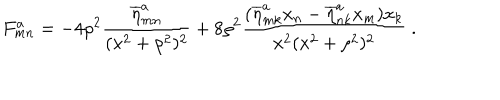
LaTeX: F _ { m n } ^ { a } = - 4 \rho ^ { 2 } \frac { \overline { { \eta } } _ { m n } ^ { a } } { ( x ^ { 2 } + \rho ^ { 2 } ) ^ { 2 } } + 8 \rho ^ { 2 } \frac { ( \overline { { \eta } } _ { m k } ^ { a } x _ { n } - \overline { { \eta } } _ { n k } ^ { a } x _ { m } ) x _ { k } } { x ^ { 2 } ( x ^ { 2 } + \rho ^ { 2 } ) ^ { 2 } } ~ .